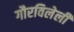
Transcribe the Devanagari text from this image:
गौरविलेली